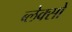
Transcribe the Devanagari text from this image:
ब्लेक्सो